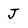
Character: J